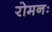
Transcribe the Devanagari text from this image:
रोमनः